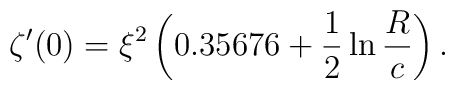
\zeta'(0)=\xi^2\left(0.35676+\frac{1}{2}\ln\frac{R}{c}\right).